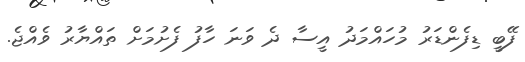
ފޭބީ ޑިފެންޑަރު މުހައްމަދު އީސާ ދެ ވަނަ ހާފު ފެށުމަށް ތައްޔާރު ވެއްޖެ.